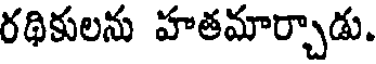
రథికులను హతమార్చాడు.